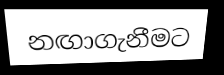
නඟාගැනීමට